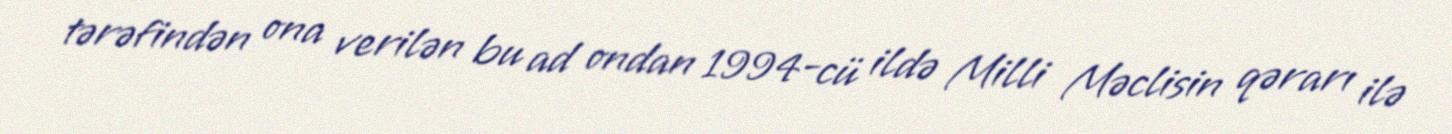
tərəfindən ona verilən bu ad ondan 1994-cü ildə Milli Məclisin qərarı ilə